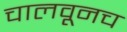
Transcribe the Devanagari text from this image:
चालवूनच